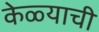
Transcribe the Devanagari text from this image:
केळ्याची